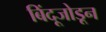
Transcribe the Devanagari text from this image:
बिंदूजोडून